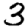
Digit: 3